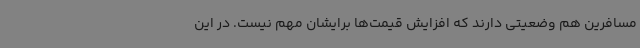
مسافرین هم وضعیتی دارند که افزایش قیمت‌ها برایشان مهم نیست. در این